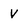
Character: V